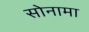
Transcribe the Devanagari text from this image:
सोनामा